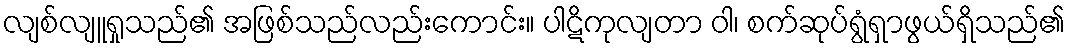
လျစ်လျူရှုသည်၏ အဖြစ်သည်လည်းကောင်း။ ပါဋိကုလျတာ ဝါ၊ စက်ဆုပ်ရွံရှာဖွယ်ရှိသည်၏